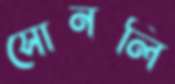
সোনলি